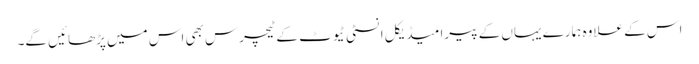
اس کے علاوہ ہمارے یہاں کے پیرا میڈیکل انسٹی ٹیوٹ کے ٹیچرس بھی اس میں پڑھائیں گے۔